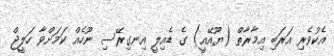
އެކުވެރި އަރަބި އިމާރާތް (ޔޫއޭއީ) ގެ ޑެއިލީ އިނގިރޭސި ނޫހެއް ކަމަށްވާ ހަލީޖް